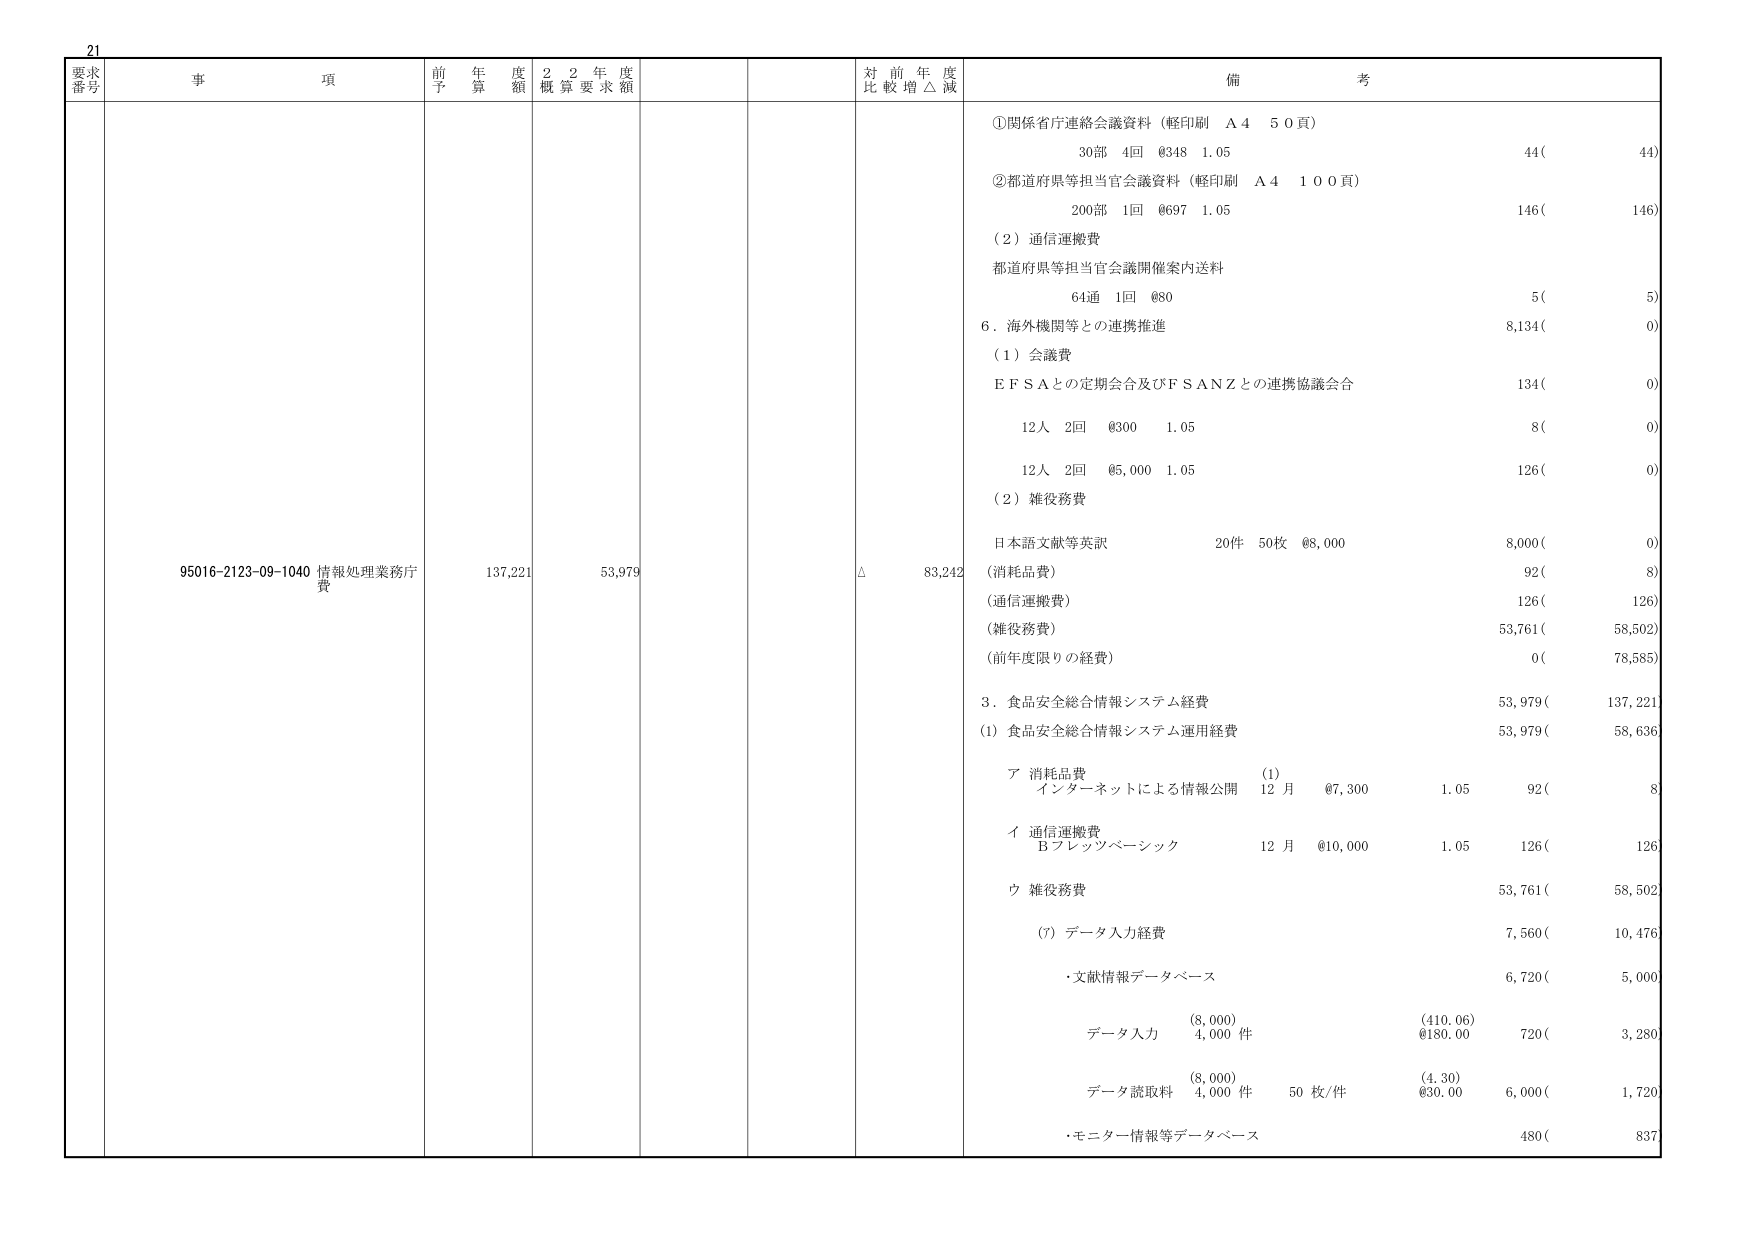
21
要求番号
事項
前年度予算額
22年度概算要求額
対前年度比較増△減
備考
95016-2123-09-1040 情報処理業務庁費
137,221
53,979
△
83,242
①関係省庁連絡会議資料（軽印刷 A4 50頁）
30部 4回 @348 1.05
44(
44)
②都道府県等担当官会議資料（軽印刷 A4 100頁）
200部 1回 @697 1.05
146(
146)
（2）通信運搬費
都道府県等担当官会議開催案内送料
64通 1回 @80
5(
5)
6．海外機関等との連携推進
8,134(
0)
（1）会議費
E F S Aとの定期会合及びF S A N Zとの連携協議会合
134(
0)
12人 2回 @300 1.05
8(
0)
12人 2回 @5,000 1.05
126(
0)
（2）雑役務費
日本語文献等英訳
20件 50枚 @8,000
8,000(
0)
（消耗品費）
92(
8)
（通信運搬費）
126(
126)
（雑役務費）
53,761(
58,502)
（前年度限りの経費）
0(
78,585)
3．食品安全総合情報システム経費
53,979(
137,221)
(1) 食品安全総合情報システム運用経費
53,979(
58,636)
ア 消耗品費
(1)
インターネットによる情報公開
12月 @7,300
1.05
92(
8)
イ 通信運搬費
Bフレッツベーシック
12月 @10,000
1.05
126(
126)
ウ 雑役務費
53,761(
58,502)
(ｱ) データ入力経費
7,560(
10,476)
・文献情報データベース
6,720(
5,000)
(8,000)
(410.06)
データ入力
4,000件
@180.00
720(
3,280)
(8,000)
(4.30)
データ読取料
4,000件
50枚/件
@30.00
6,000(
1,720)
・モニター情報等データベース
480(
837)